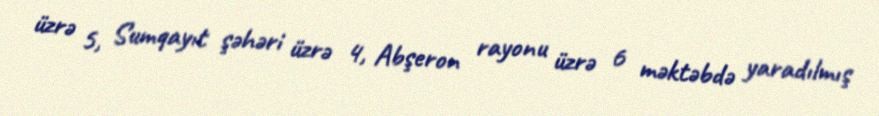
üzrə 5, Sumqayıt şəhəri üzrə 4, Abşeron rayonu üzrə 6 məktəbdə yaradılmış